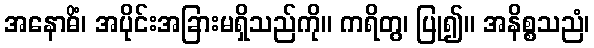
အနောဓိံ၊ အပိုင်းအခြားမရှိသည်ကို။ ကရိတွ၊ ပြု၍။ အနိစ္စသညံ၊